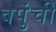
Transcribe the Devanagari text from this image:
वपुंची